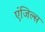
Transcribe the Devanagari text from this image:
एंजिल्स